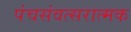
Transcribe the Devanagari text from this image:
पंचसंवत्सरात्मक